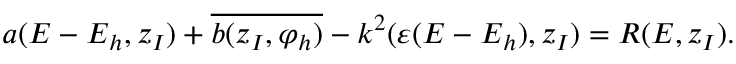
\begin{array} { r } { a ( { \boldsymbol { E } } - { \boldsymbol { E } } _ { h } , \boldsymbol { z } _ { I } ) + \overline { { b ( \boldsymbol { z } _ { I } , \varphi _ { h } ) } } - k ^ { 2 } ( \varepsilon ( { \boldsymbol { E } } - { \boldsymbol { E } } _ { h } ) , \boldsymbol { z } _ { I } ) = R ( { \boldsymbol { E } } , \boldsymbol { z } _ { I } ) . } \end{array}